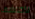
لأكتشف